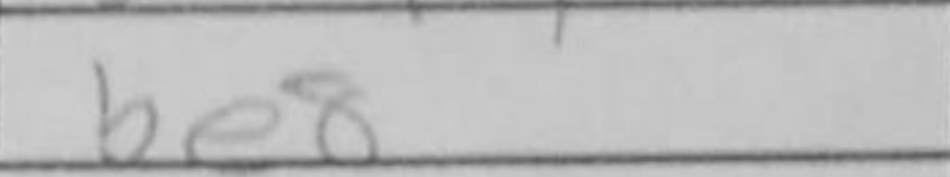
Transcription: Be8